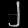
Digit: ၂